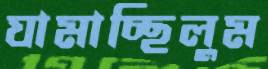
ঘামাচ্ছিলুম